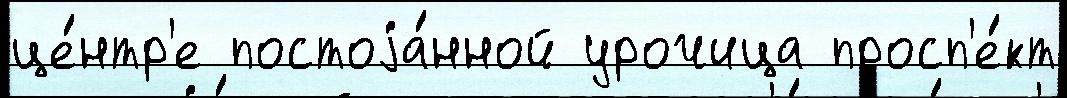
це́нтр'е постоjа́нной урочица просп'е́кт